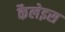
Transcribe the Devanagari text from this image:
कैलेइस